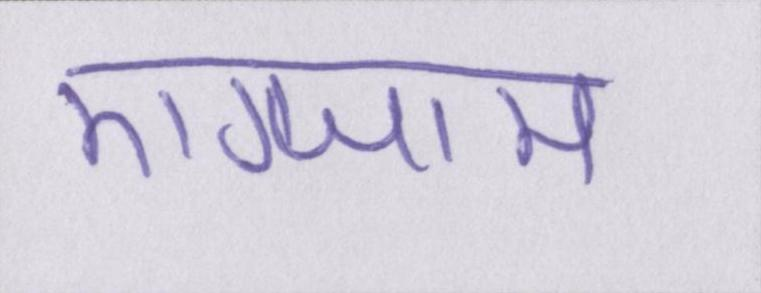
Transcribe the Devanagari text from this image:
एग्जाम